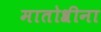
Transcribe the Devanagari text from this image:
मातोश्रीना